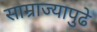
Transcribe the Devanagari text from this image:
साम्राज्यापुढे